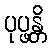
ပုပ္ဖန္တိ